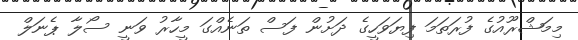
މިމަޝްރޫއުގެ ފުރަތަމަ ފިޔަވަހީގެ ދަށުން ފަސް ތަނެއްގަ މީހާރު ވަނީ ސޯލާ ޕެނަލް